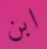
ابن